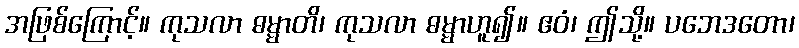
အဖြစ်ကြောင့်။ ကုသလာ ဓမ္မာတိ၊ ကုသလာ ဓမ္မာဟူ၍။ ဧဝံ၊ ဤသို့။ ပဘေဒတော၊